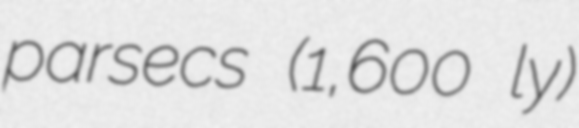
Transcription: parsecs (1,600 ly)